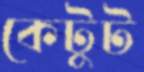
কেটুট